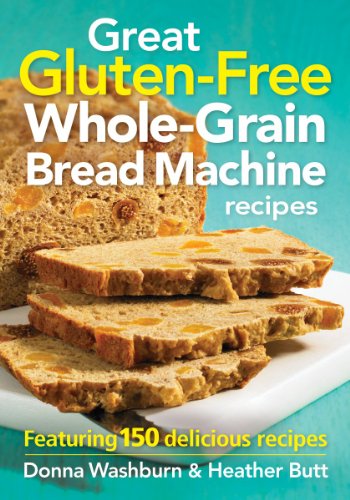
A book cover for Great Gluten-Free Whole-Grain Bread Machine Recipes: Featuring 150 Delicious Recipes; Donna Washburn; Cookbooks, Food & Wine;